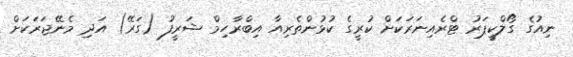
ނިއުގެ ގޯލްކީޕަރު ޓްރެއިނަރަކަށް ކުރީގެ ކުޅުންތެރިއާ އިބްރާހިމް ޝަރީފު (ގަރޭ) އަދި މެނޭޖަރަކަށް